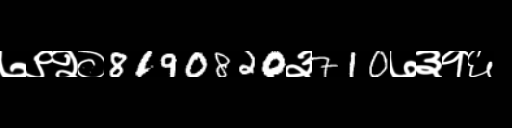
Text: ७९२०8190820३710७३१६